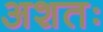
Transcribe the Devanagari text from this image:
अशतः